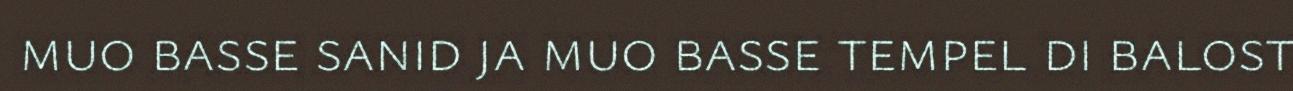
muo basse sanid ja muo basse tempel di balost